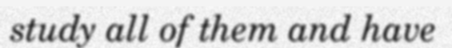
study all of them and have